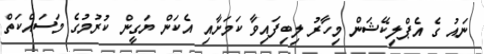
ނައު ގެ އެޕްލިކޭޝަން މިހާރު ލިބިފައިވާ ކަމަށާއި އެކަން ޔަގީން ކުރުމުގެ މަސައްކަތް